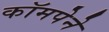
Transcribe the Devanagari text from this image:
कॉमपेने